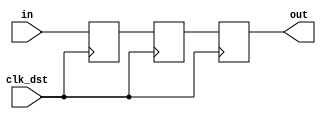
module cross_domain(
    input clk_dst,
    input in,
    output reg out
    );
    
    reg int1 = 0, int2 = 0;
    always @(posedge clk_dst) begin
        int1 <= in;
        int2 <= int1;
        out <= int2;
    end
    
endmodule